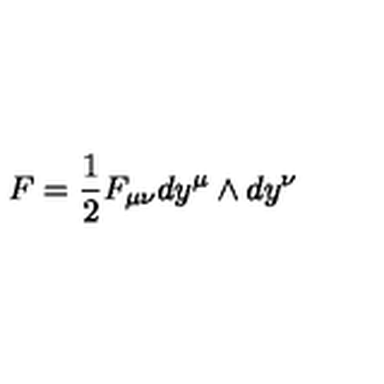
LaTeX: F = { \frac { 1 } { 2 } } F _ { \mu \nu } d y ^ { \mu } \wedge d y ^ { \nu }